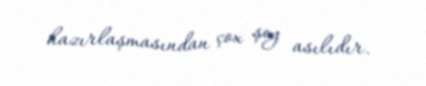
hazırlaşmasından çox şey asılıdır.